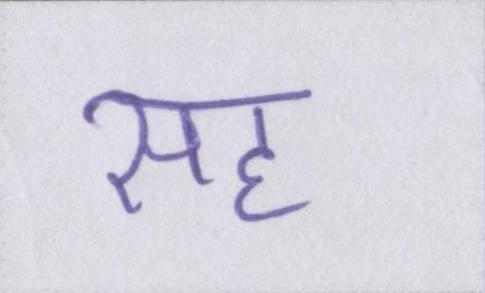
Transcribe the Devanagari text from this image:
सह